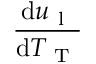
\frac { \mathrm { d } u _ { \mathrm { ~ l ~ } } } { \mathrm { d } T _ { \mathrm { ~ T ~ } } }